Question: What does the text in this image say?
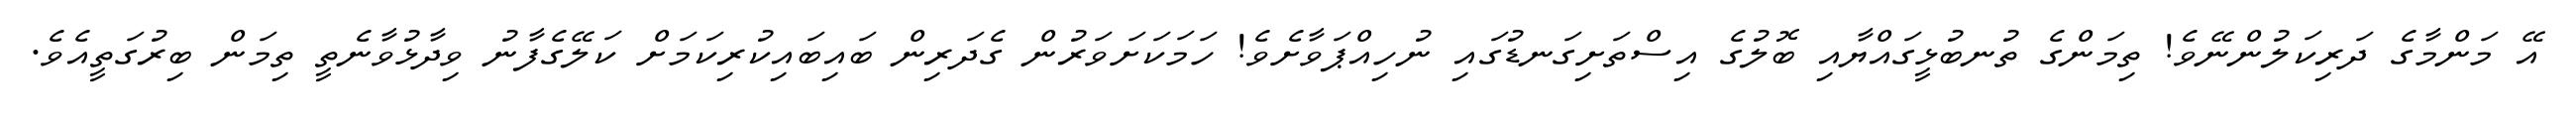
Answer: އޭ މަންމާގެ ދަރިކަލުންނޭވެ! ތިމަންގެ ތުނބުޅީގައްޔާއި ބޮލުގެ އިސްތަށިގަނޑުގައި ނުހިއްޕަވާށެވެ! ހަމަކަށަވަރުން ގެދަރިން ބައިބައިކުރިކަމަށް ކަލޭގެފާނު ވިދާޅުވާނެތީ ތިމަން ބިރުގަތީއެވެ.